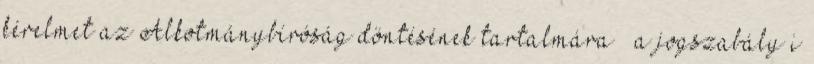
kérelmet az Alkotmánybíróság döntésének tartalmára – a jogszabály i